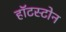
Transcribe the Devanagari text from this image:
हॉटस्टोन